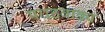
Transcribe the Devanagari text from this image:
मराठवाड्य